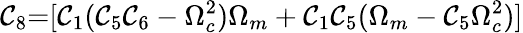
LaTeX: {\mathcal{C}_{8}}\mathrm{{{=}}}[{\mathcal{C}_{1}}({\mathcal{C}_{5}}{\mathcal{C}_{6}}-\Omega_{c}^{2}){\Omega_{m}}+{\mathcal{C}_{1}}{\mathcal{C}_{5}}({\Omega_{m}}-{\mathcal{C}_{5}}\Omega_{c}^{2})]